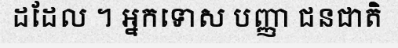
ដដែល ។ អ្នកទោស បញ្ញា ជនជាតិ